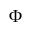
\Phi